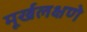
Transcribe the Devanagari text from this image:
मूर्खलक्षणे